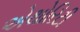
એથોરિટી